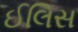
ઈલિસ